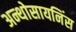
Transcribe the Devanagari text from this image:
अन्थोसायनिंस